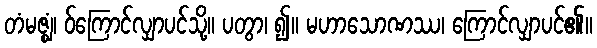
တံမဇ္ဈံ၊ ဝ်ကြောင်လျှာပင်သို့။ ပတွာ၊ ၍။ မဟာသောဏဿ၊ ကြောင်လျှာပင်၏။